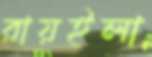
রায়ইলা